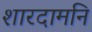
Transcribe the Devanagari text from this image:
शारदामनि